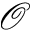
\mathcal { O }